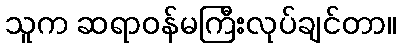
သူက ဆရာဝန်မကြီးလုပ်ချင်တာ။